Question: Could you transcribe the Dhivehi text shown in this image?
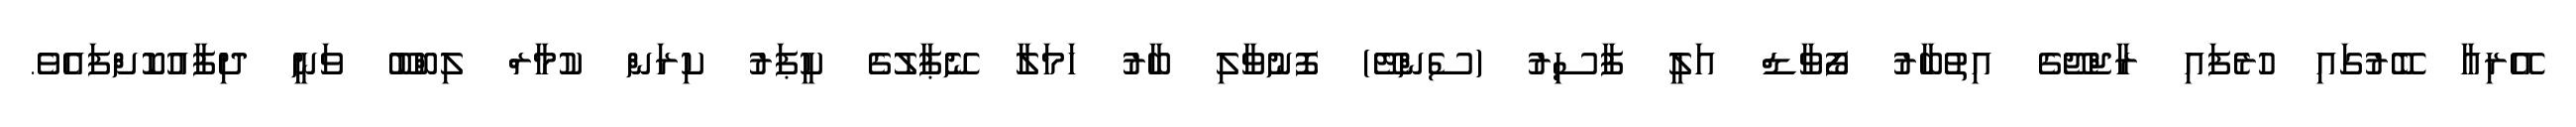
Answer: އޭރިއާ ބޭރުގައި ހުރެފައި ރާޖްޖޭގެ އިތުބާރު ފޯވާޑް އަލީ ފާސިރު (ސެންޓޭ) ފޮނުވާލި ބާރު ހަމަލާ ނޭޕާލުގެ ކީޕަރު ކިރަން ކުމާރް ލިބްބޫ ވަނީ ދިފާއުކޮށްފައެވެ.